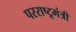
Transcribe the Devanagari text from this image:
परराष्ट्र्मंत्री